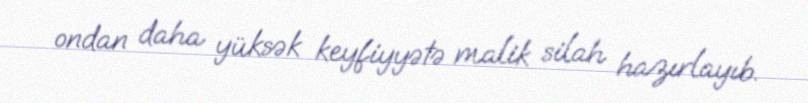
ondan daha yüksək keyfiyyətə malik silah hazırlayıb.